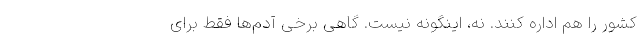
کشور را هم اداره کنند. نه، اینگونه نیست. گاهی برخی آدم‌ها فقط برای